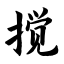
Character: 搅